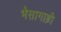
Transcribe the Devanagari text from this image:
भैसागाड़ी